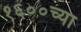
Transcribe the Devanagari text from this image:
१६००च्या